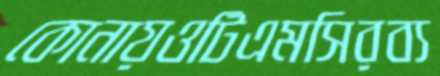
কোনায়ওটিএমসিরব্য